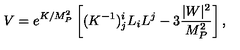
V = e ^ { K / M _ { P } ^ { 2 } } \left[ ( K ^ { - 1 } ) _ { j } ^ { i } L _ { i } L ^ { j } - 3 \frac { | W | ^ { 2 } } { M _ { P } ^ { 2 } } \right] ,